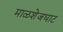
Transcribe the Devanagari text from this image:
माळशेजघाट